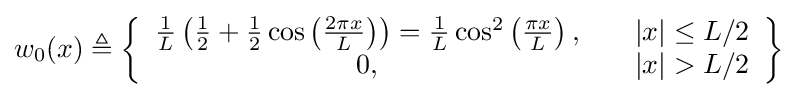
w_{0}(x)\triangleq \left\{{\begin{array}{ccl}{\tfrac {1}{L}}\left({\tfrac {1}{2}}+{\tfrac {1}{2}}\cos \left({\frac {2\pi x}{L}}\right)\right)={\tfrac {1}{L}}\cos ^{2}\left({\frac {\pi x}{L}}\right),\quad &\left|x\right|\leq L/2\\0,\quad &\left|x\right|>L/2\end{array}}\right\}